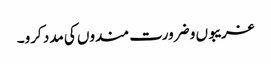
غریبوں و ضرورت مندوں کی مدد کرو۔